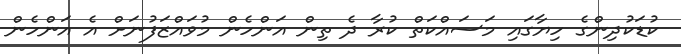
ކުޑަކުދިންގެ ހިޔާގައި މަސައްކަތް ކުރާ ދެ ތިން އަންހެން މުވައްޒަފުނަށް އެ އަންހެން